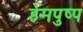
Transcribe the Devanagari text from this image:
हेमपुष्प